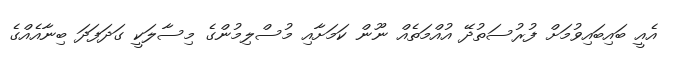
އެއީ ބައިބައިވުމަށް ފުރުސަތުދޭ އުއްމަތެއް ނޫން ކަމަށާއި މުސްލިމުންގެ މިސާލަކީ ގަދަފަދަ ބިނާއެއްގެ